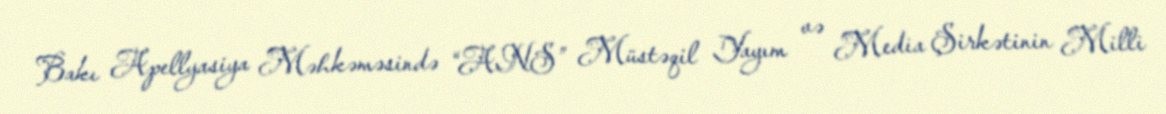
Bakı Apellyasiya Məhkəməsində “ANS” Müstəqil Yayım və Media Şirkətinin Milli